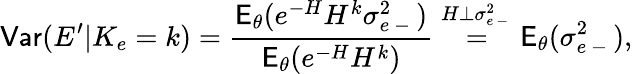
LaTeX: \mathsf{Var}(E^{\prime}|K_{e}=k)=\frac{\mathsf E_{\theta}(e^{-H}H^{k}\sigma_{e\mathrm{~-~}}^{2})}{\mathsf E_{\theta}(e^{-H}H^{k})}\overset{H\perp\sigma_{e\mathrm{~-~}}^{2}}{=}\mathsf E_{\theta}(\sigma_{e\mathrm{~-~}}^{2}),